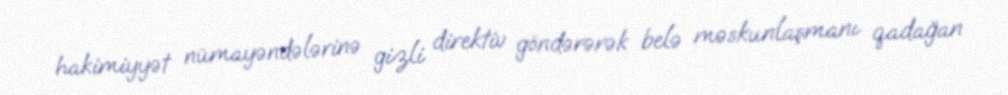
hakimiyyət nümayəndələrinə gizli direktiv göndərərək belə məskunlaşmanı qadağan